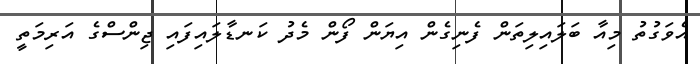
އެވަގުތު މިއާ ބަލައިލިތަން ފެނިގެން އިޔަން ފޯން މެދު ކަނޑާލައިފައި ޖިންސްގެ އަރިމަތީ